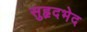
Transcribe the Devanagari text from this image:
सुहृदभेद